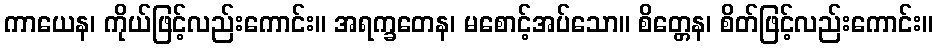
ကာယေန၊ ကိုယ်ဖြင့်လည်းကောင်း။ အရက္ခတေန၊ မစောင့်အပ်သော။ စိတ္တေန၊ စိတ်ဖြင့်လည်းကောင်း။